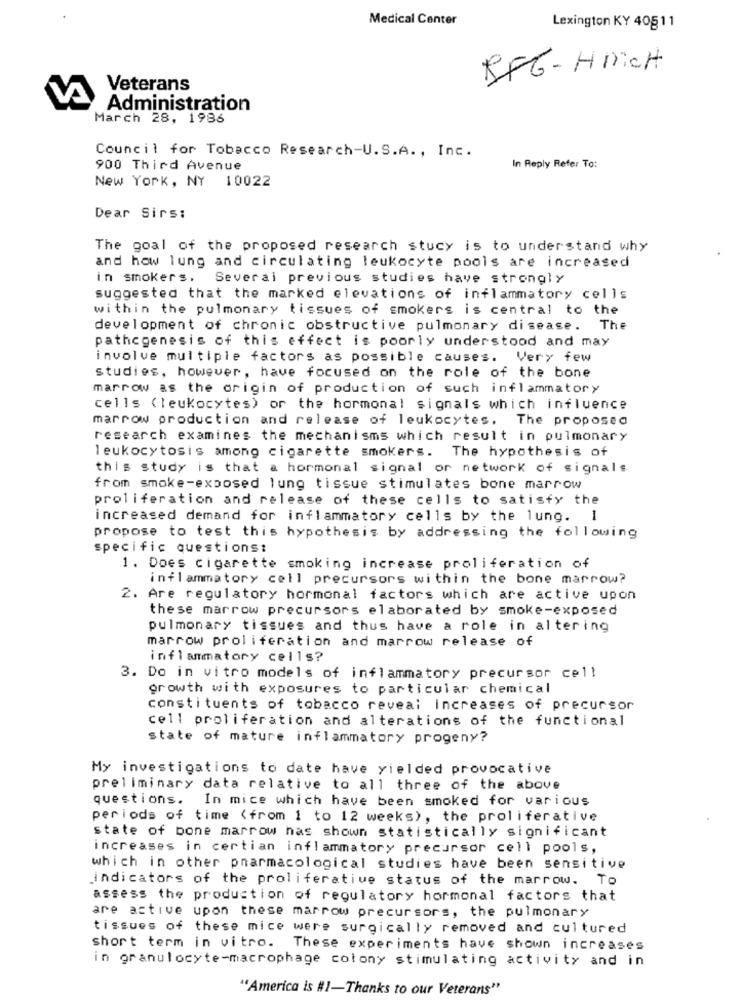
Medical Center
Lexington KY 40511
RFG- HICH
Veterans
Administration
March 28, 1986
Council for Tobacco Research-U.S.A ., Inc.
900 Third Avenue
In Reply Refer To:
New York, NY 10022
Dear Sirs:
The goal of the proposed research stucy is to understand why
and how lung and circulating leukocyte pools are increased
in smokers.
Several previous studies have strongly
suggested that the marked elevations of inflammatory cells
within the pulmonary tissues of smokers is central to the
development of chronic obstructive pulmonary disease. The
pathcgenesis of this effect is poorly understood and may
involve multiple factors as possible causes. Very few
studies, however, have focused on the role of the bone
marrow as the origin of production of such inflammatory
cells (leukocytes) or the hormonal signals which influence
marrow production and release of leukocytes. The proposed
research examines the mechanisms which result in pulmonary
leukocytosis among cigarette smokers. The hypothesis of
this study is that a hormonal signal or network of signals
from smoke-exposed lung tissue stimulates bone marrow
proliferation and release of these cells to satisfy the
increased demand for inflammatory cells by the lung. 1
propose to test this hypothesis by addressing the following
specific questions:
1. Does cigarette smoking increase proliferation of
inflammatory cell precursors within the bone marrow?
2. Are regulatory hormonal factors which are active upon
these marrow precursors elaborated by smoke-exposed
pulmonary tissues and thus have a role in altering
marrow proliferation and marrow release of
inflammatory cells?
3. Do in vitro models of inflammatory precursor cell
growth with exposures to particular chemical
constituents of tobacco reveal Increases of precursor
cell proliferation and alterations of the functional
state of mature inflammatory progeny?
My investigations to date have yielded provocative
preliminary data relative to all three of the above
questions.
In mice which have been smoked for various
periods of time (from 1 to 12 weeks), the proliferative
state of bone marrow has shown statistically significant
increases in certian inflammatory precursor cell pools,
which in other pharmacological studies have been sensitive
indicators of the proliferative status of the marrow. To
assess the production of regulatory hormonal factors that
are active upon these marrow precursors, the pulmonary
tissues of these mice were surgically removed and cultured
short term in vitro. These experiments have shown increases
in granulocyte-macrophage colony stimulating activity and in
"America is #1-Thanks to our Veterans"